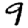
Digit: 9